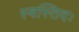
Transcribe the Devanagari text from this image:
स्वस्तिदः